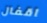
اقفال